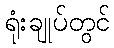
ရုံးချုပ်တွင်